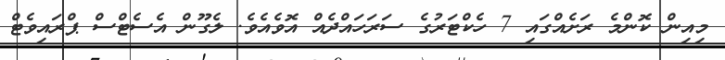
މިއިން ކޮންމެ ރަށެއްގައި 7 ހެކްޓަރުގެ ސަރަހައްދެއް އޮވެއެވެ. ލެގޫން އެސެޓްސް ޕްރައިވެޓް